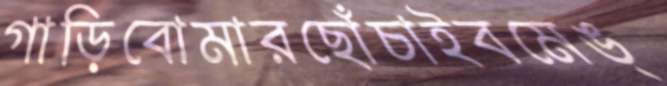
গাড়িবোমারছোঁচাইবমেঙ্